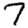
Digit: 7